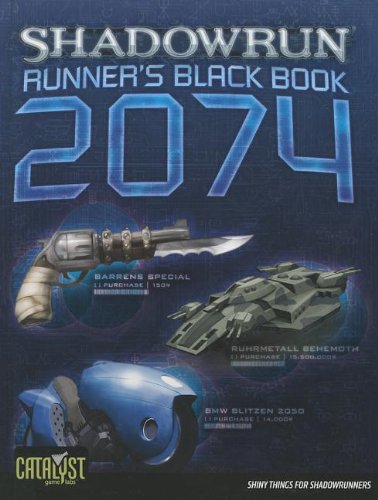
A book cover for Shadowrun Runners Black Book 2074; Catalyst Game Labs; Science Fiction & Fantasy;